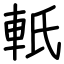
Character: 軝